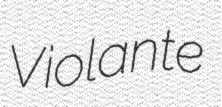
Violante